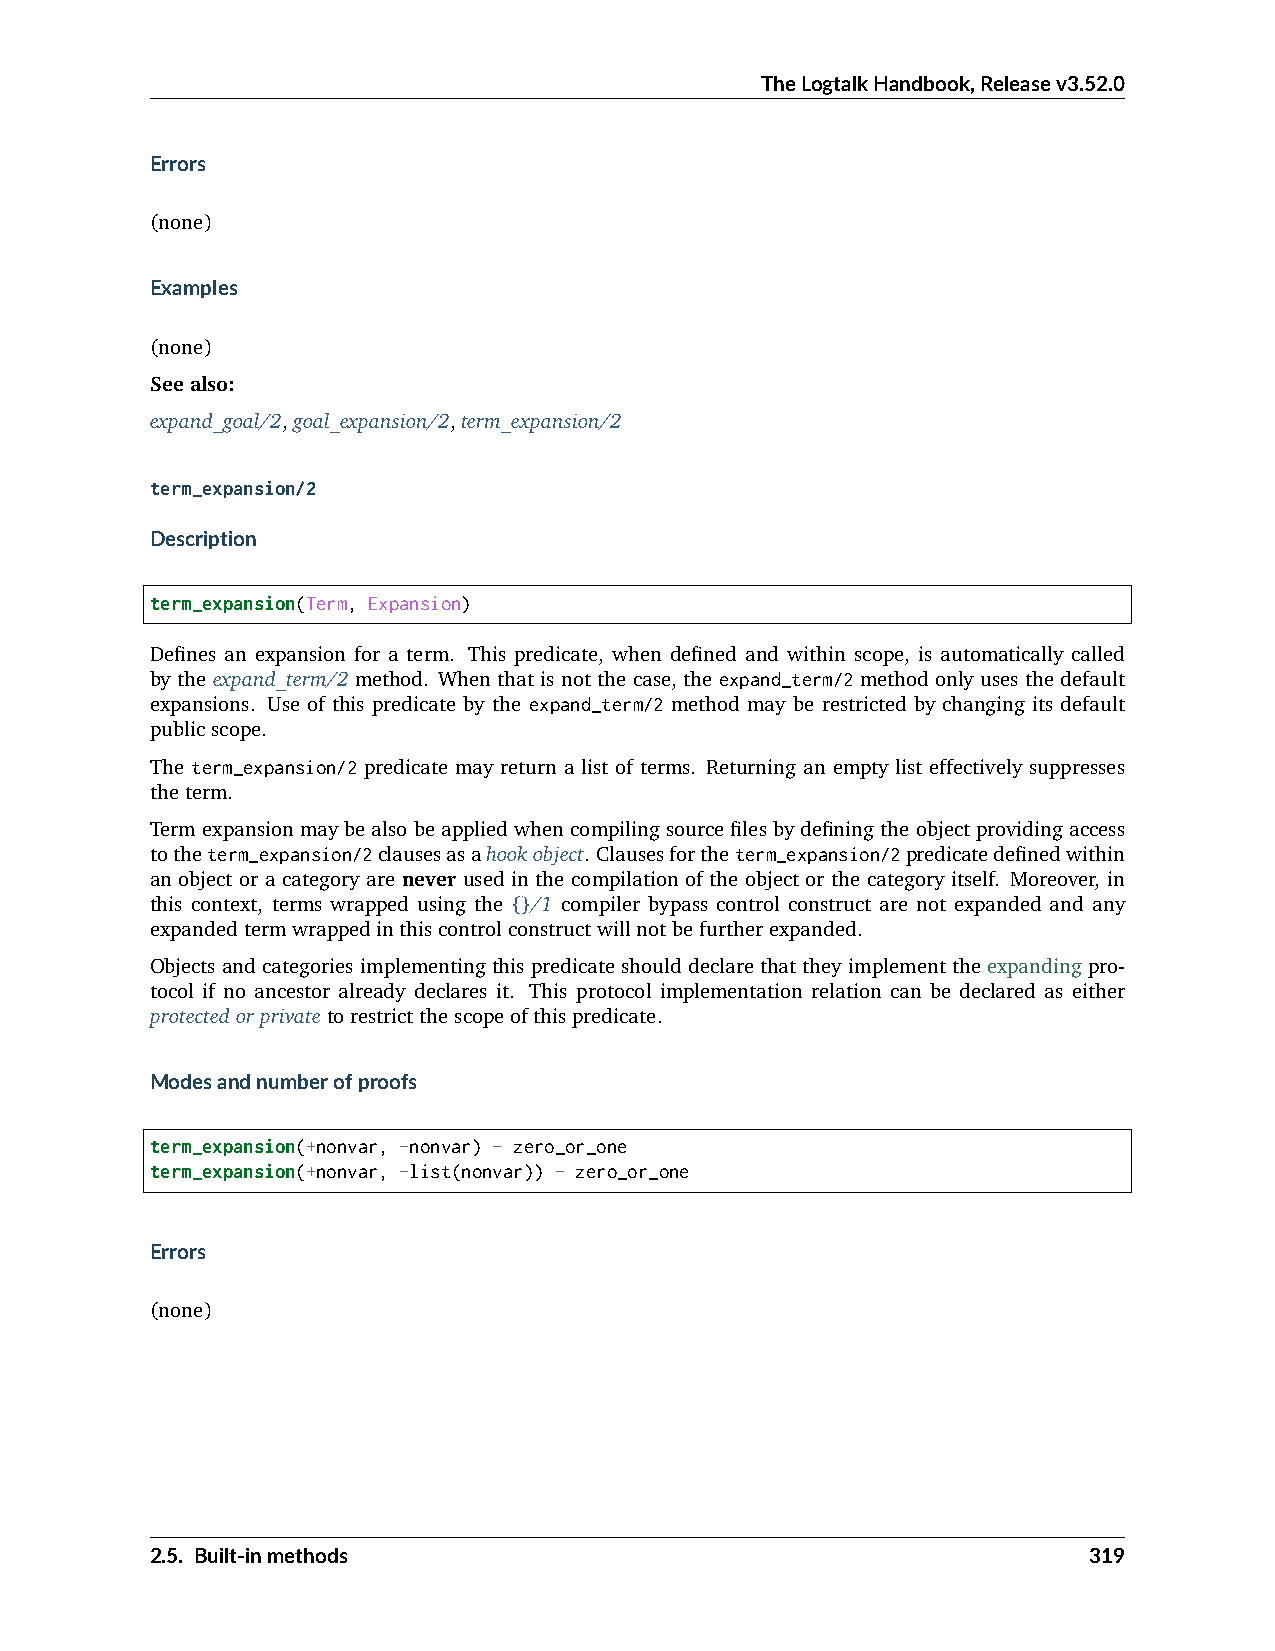
TheLogtalkHandbook,Releasev3.52.0
 Errors
 (none)
 Examples
 (none)
 Seealso:
 expand_goal/2,goal_expansion/2,term_expansion/2
 term_expansion/2
 Description
 term_expansion(Term, Expansion)
 Defines an expansion for a term. This predicate, when defined and within scope, is automatically called
 by the expand_term/2 method. When that is not the case, the expand_term/2 method only uses the default
 expansions. Use of this predicate by the expand_term/2 method may be restricted by changing its default
 publicscope.
 The term_expansion/2 predicate may return a list of terms. Returning an empty list effectively suppresses
 theterm.
 Termexpansionmaybealsobeappliedwhencompilingsourcefilesbydefiningtheobjectprovidingaccess
 totheterm_expansion/2clausesasahookobject. Clausesfortheterm_expansion/2predicatedefinedwithin
 an object or a category are never used in the compilation of the object or the category itself. Moreover, in
 this context, terms wrapped using the {}/1 compiler bypass control construct are not expanded and any
 expandedtermwrappedinthiscontrolconstructwillnotbefurtherexpanded.
 Objects and categories implementing this predicate should declare that they implement the expanding pro-
 tocol if no ancestor already declares it. This protocol implementation relation can be declared as either
 protectedorprivatetorestrictthescopeofthispredicate.
 Modesandnumberofproofs
 term_expansion(+nonvar, -nonvar) - zero_or_one
 term_expansion(+nonvar, -list(nonvar)) - zero_or_one
 Errors
 (none)
 2.5. Built-inmethods                                          319